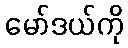
မော်ဒယ်ကို